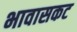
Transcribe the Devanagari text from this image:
भावासकट